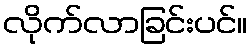
လိုက်လာခြင်းပင်။